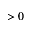
> 0